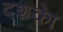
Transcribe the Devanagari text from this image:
दशकाें